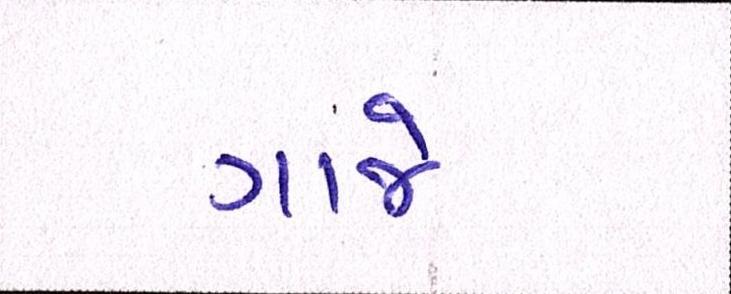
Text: ગાજે